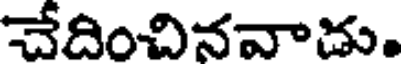
చేదించినవాచు.